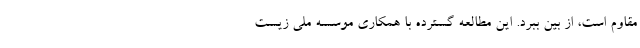
مقاوم است، از بین ببرد. این مطالعه گسترده با همکاری موسسه ملی زیست